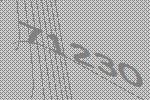
71230